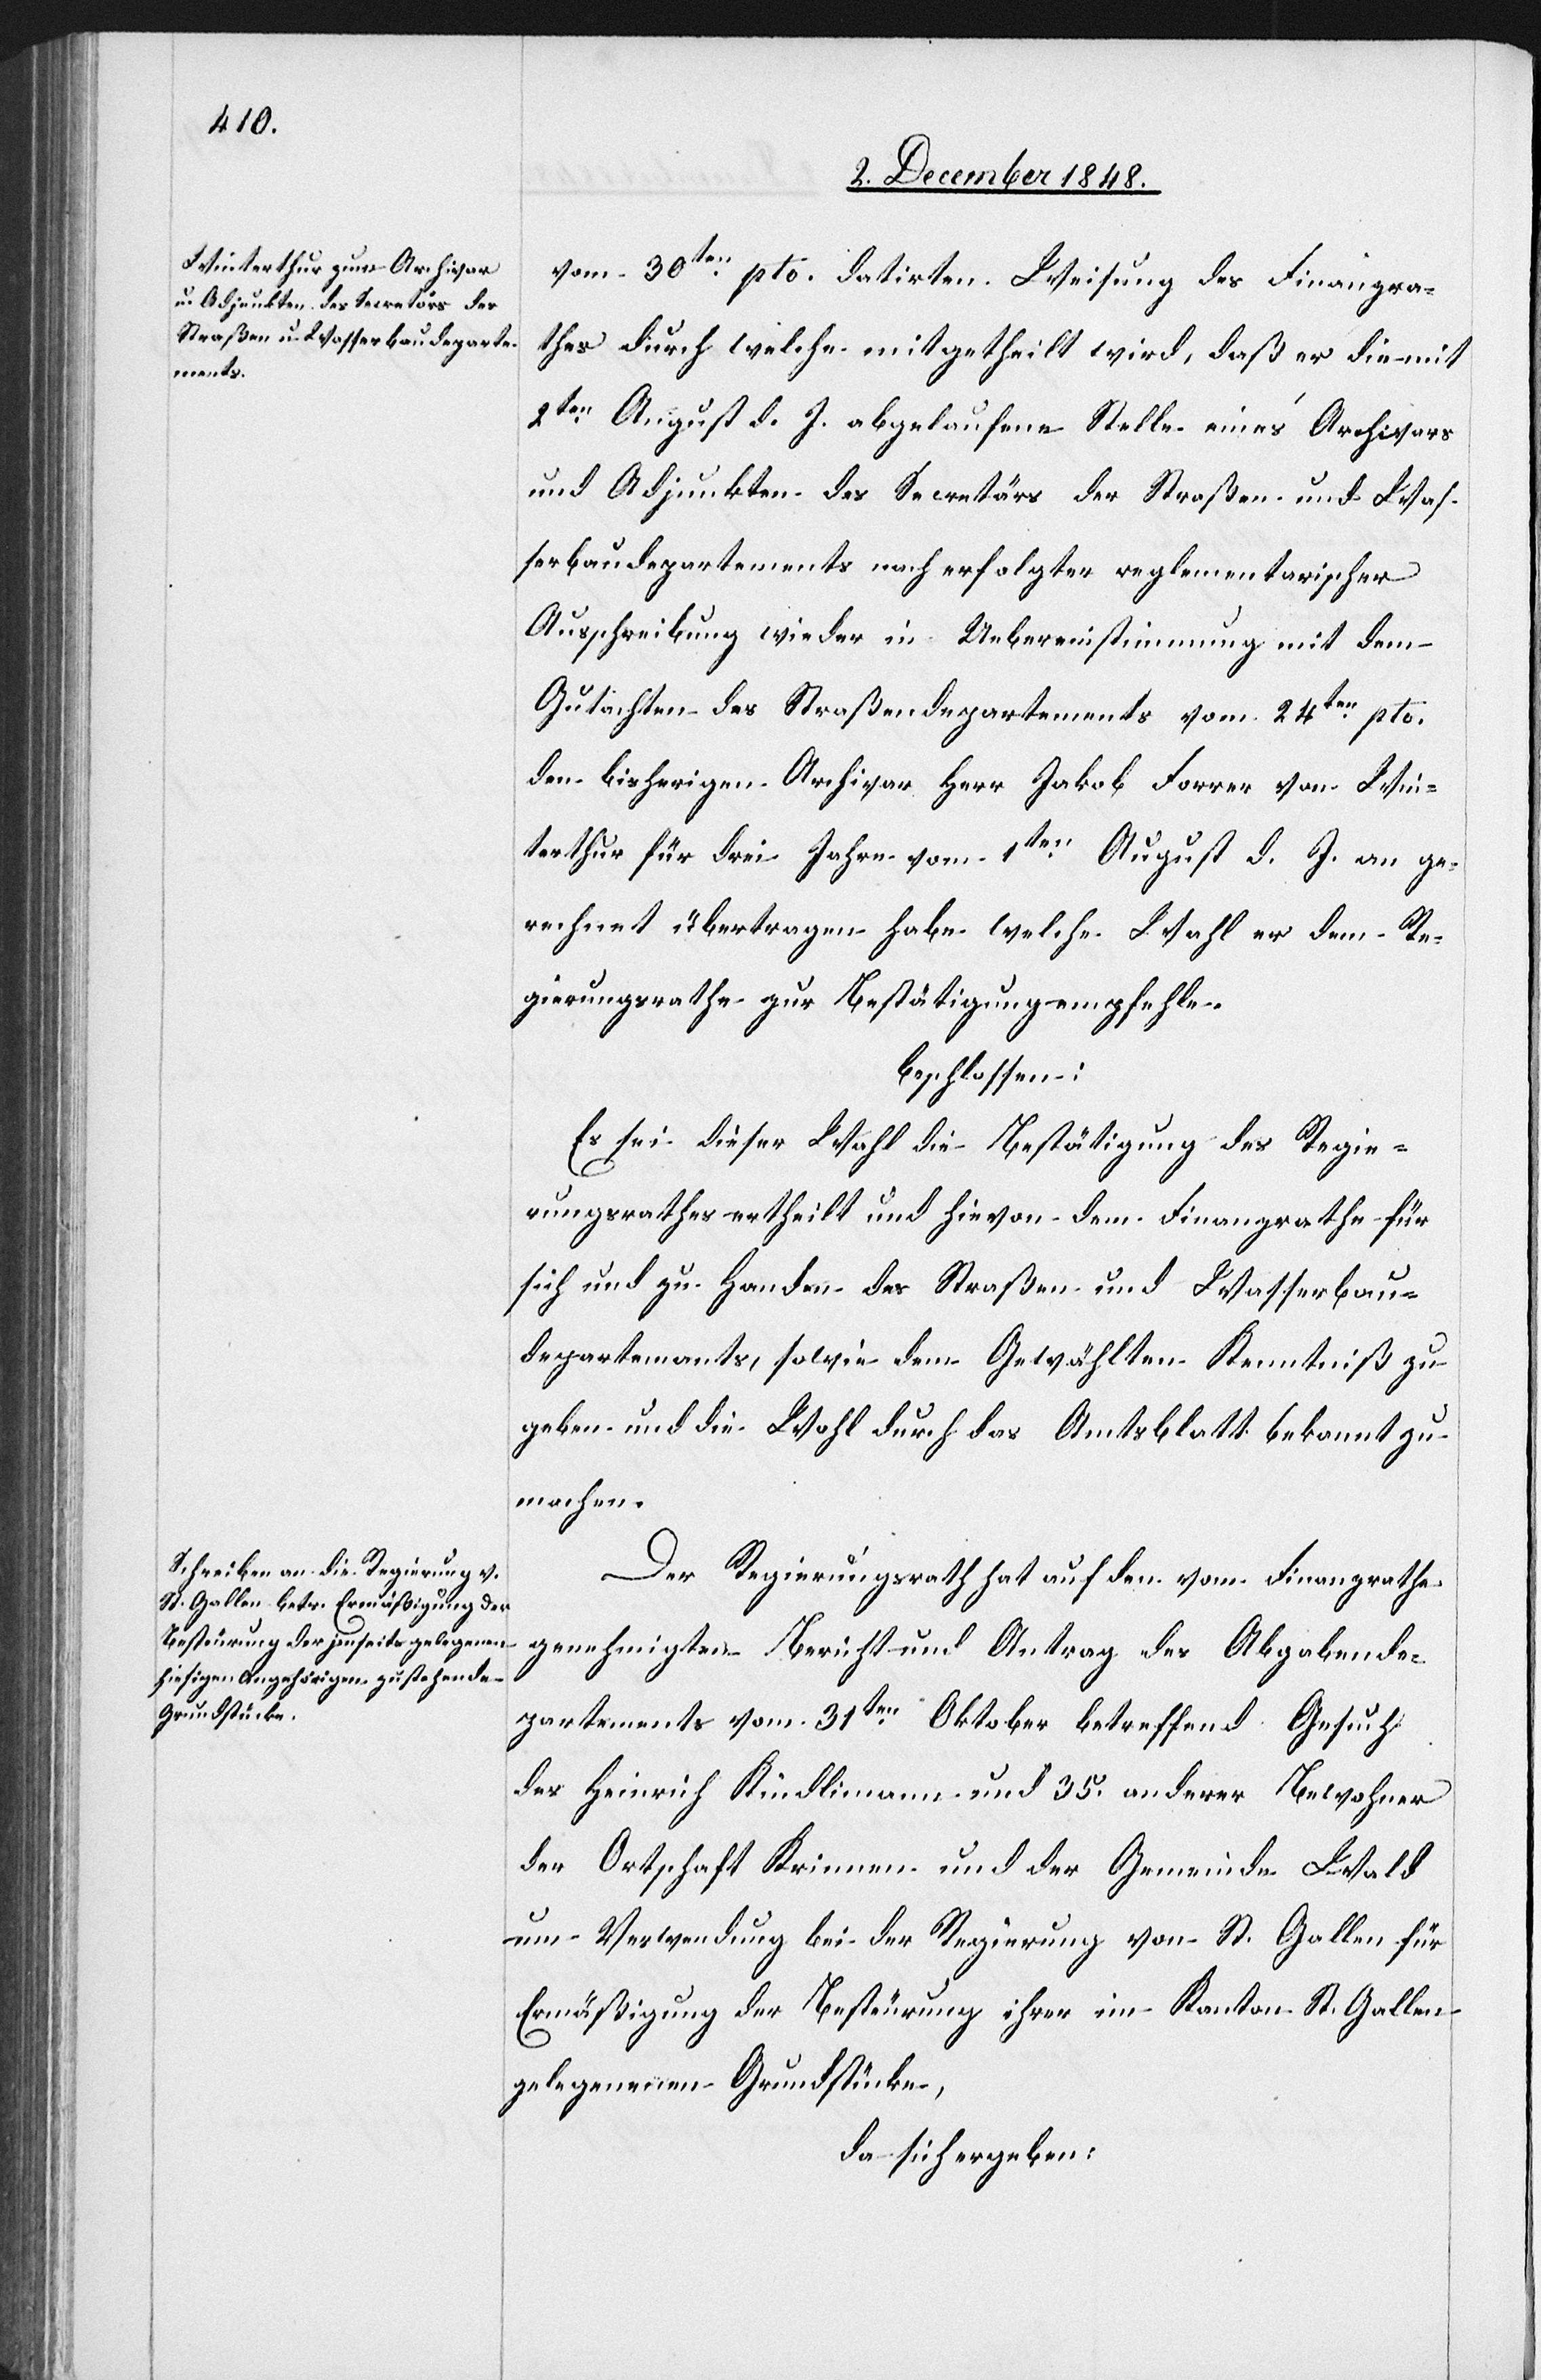
vom 30ten pto. datirten Weisung des Finanzra¬
thes durch welche mitgetheilt wird, daß er die mit
2ten August d. J. abgelaufene Stelle eines Archivars
und Adjunkten des Secretärs des Straßen- und Was¬
serbaudepartements nach erfolgter reglementarischer
Ausschreibung wieder in Uebereinstimmung mit dem
Gutachten des Straßendepartements vom 24ten pto.
den bisherigen Archivar Herr Jakob Forrer von Win¬
terthur für drei Jahre vom 1ten August d. J. an ge¬
rechnet übertragen habe welche Wahl er dem Re¬
gierungsrathe zur Besättigung empfehle.
beschlossen:
Es sei dieser Wahl die Bestätigung des Regie¬
rungsrathes ertheilt und hievon dem Finanzrathe für
sich und zu Handen des Straßen- und Wasserbau¬
departements, sowie dem Gewählten Kenntniß zu
geben und die Wahl durch das Amtsblatt bekannt zu
machen.
Der Regierungsrath hat auf den vom Finanzrathe
genehmigten Bericht und Antrag des Abgabende¬
partements vom 31ten Oktober betreffend Gesuch
des Heinrich Kindlimann und 35. anderer Bewohner
der Ortschaft Krinnen und der Gemeinde Wald
um Verwendung bei der Regierung von St. Gallen für
Ermäßigung der Besteurung ihrer im Kanton St. Gallen
gelegenen Grundstücke,
da sich ergeben: